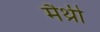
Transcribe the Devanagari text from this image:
मैथ्री